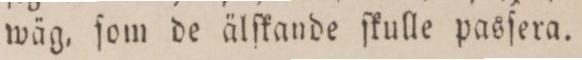
wäg, ſom de älſkande ſkulle pasſera.